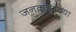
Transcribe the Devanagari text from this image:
जनकपूरच्या